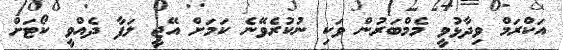
އަކްރަމް ވިދާޅުވީ މެމްބަރުން ވަކި ނުކުރެވޭނެ ކަމަށް އޭޖީ ލަފާ ދެއްވީ ކޯޓަށް